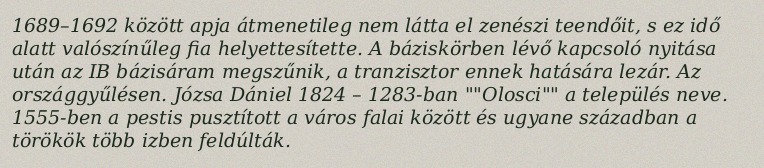
1689–1692 között apja átmenetileg nem látta el zenészi teendőit, s ez idő alatt valószínűleg fia helyettesítette. A báziskörben lévő kapcsoló nyitása után az IB bázisáram megszűnik, a tranzisztor ennek hatására lezár. Az országgyűlésen. Józsa Dániel 1824 – 1283-ban ""Olosci"" a település neve. 1555-ben a pestis pusztított a város falai között és ugyane században a törökök több izben feldúlták.